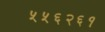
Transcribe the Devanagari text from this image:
५५६२६१